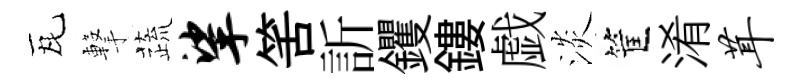
瓦撃蔬挲筈訢钁鏤戯淡筐淆茸